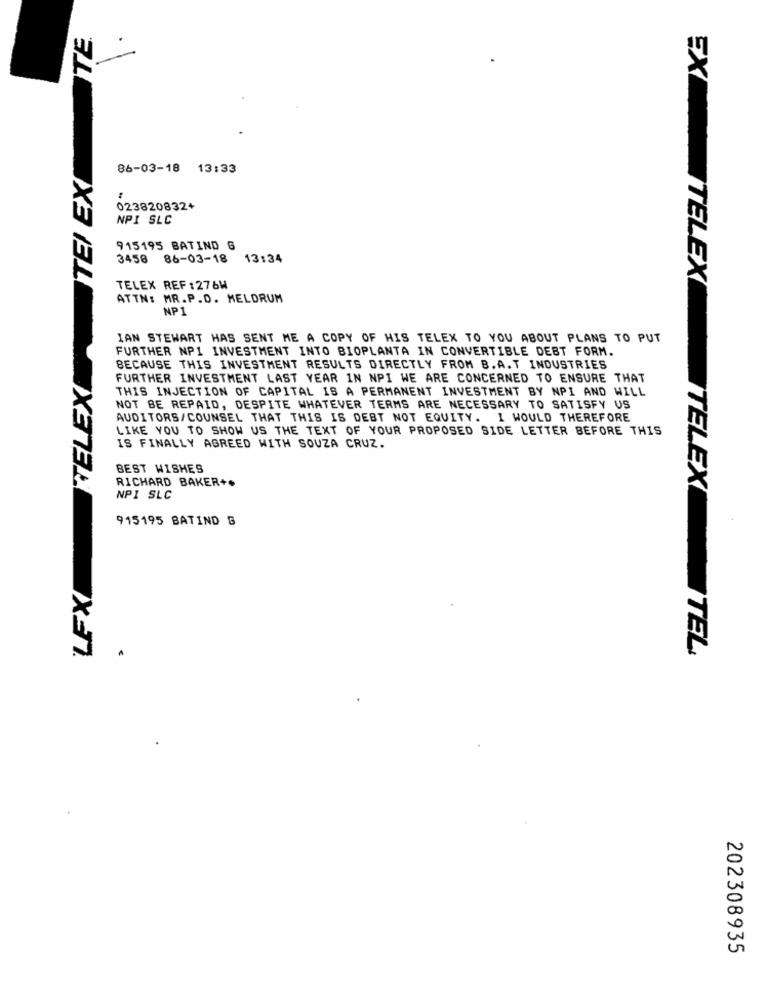
TE
TEI EX
86-03-18 13:33
023820832+
NPI SLC
915195 BATIND 6
3458 86-03-18 13:34
TELEX REF :276W
ATTN: MR.P.D. MELDRUM
NP1
IAN STEWART HAS SENT ME A COPY OF HIS TELEX TO YOU ABOUT PLANS TO PUT
FURTHER NP1 INVESTMENT INTO BIOPLANTA IN CONVERTIBLE DEBT FORM.
TELEX
BECAUSE THIS INVESTMENT RESULTS DIRECTLY FROM B.A.T INDUSTRIES
FURTHER INVESTMENT LAST YEAR IN NPI WE ARE CONCERNED TO ENSURE THAT
THIS INJECTION OF CAPITAL IS A PERMANENT INVESTMENT BY NPI AND WILL
NOT BE REPAID, DESPITE WHATEVER TERMS ARE NECESSARY TO SATISFY US
AUDITORS/COUNSEL THAT THIS IS DEBT NOT EQUITY. I WOULD THEREFORE
LIKE YOU TO SHOW US THE TEXT OF YOUR PROPOSED SIDE LETTER BEFORE THIS
IS FINALLY AGREED WITH SOUZA CRUZ.
BEST WISHES
RICHARD BAKER+*
NPI SLC
915195 BATIND G
LEX
ITELEXTEL
202308935